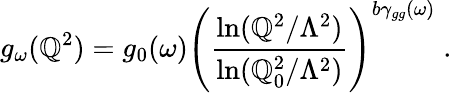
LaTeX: g_{\omega}(\mathbb{Q}^{2})=g_{0}(\omega)\left({\frac{{\ln(\mathbb{Q}^{2}/\Lambda^{2})}}{{\ln(\mathbb{Q}_{0}^{2}/\Lambda^{2})}}}\right)^{b\gamma_{gg}(\omega)}\; .